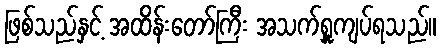
ဖြစ်သည်နှင့် အထိန်းတော်ကြီး အသက်ရှူကျပ်ရသည်။